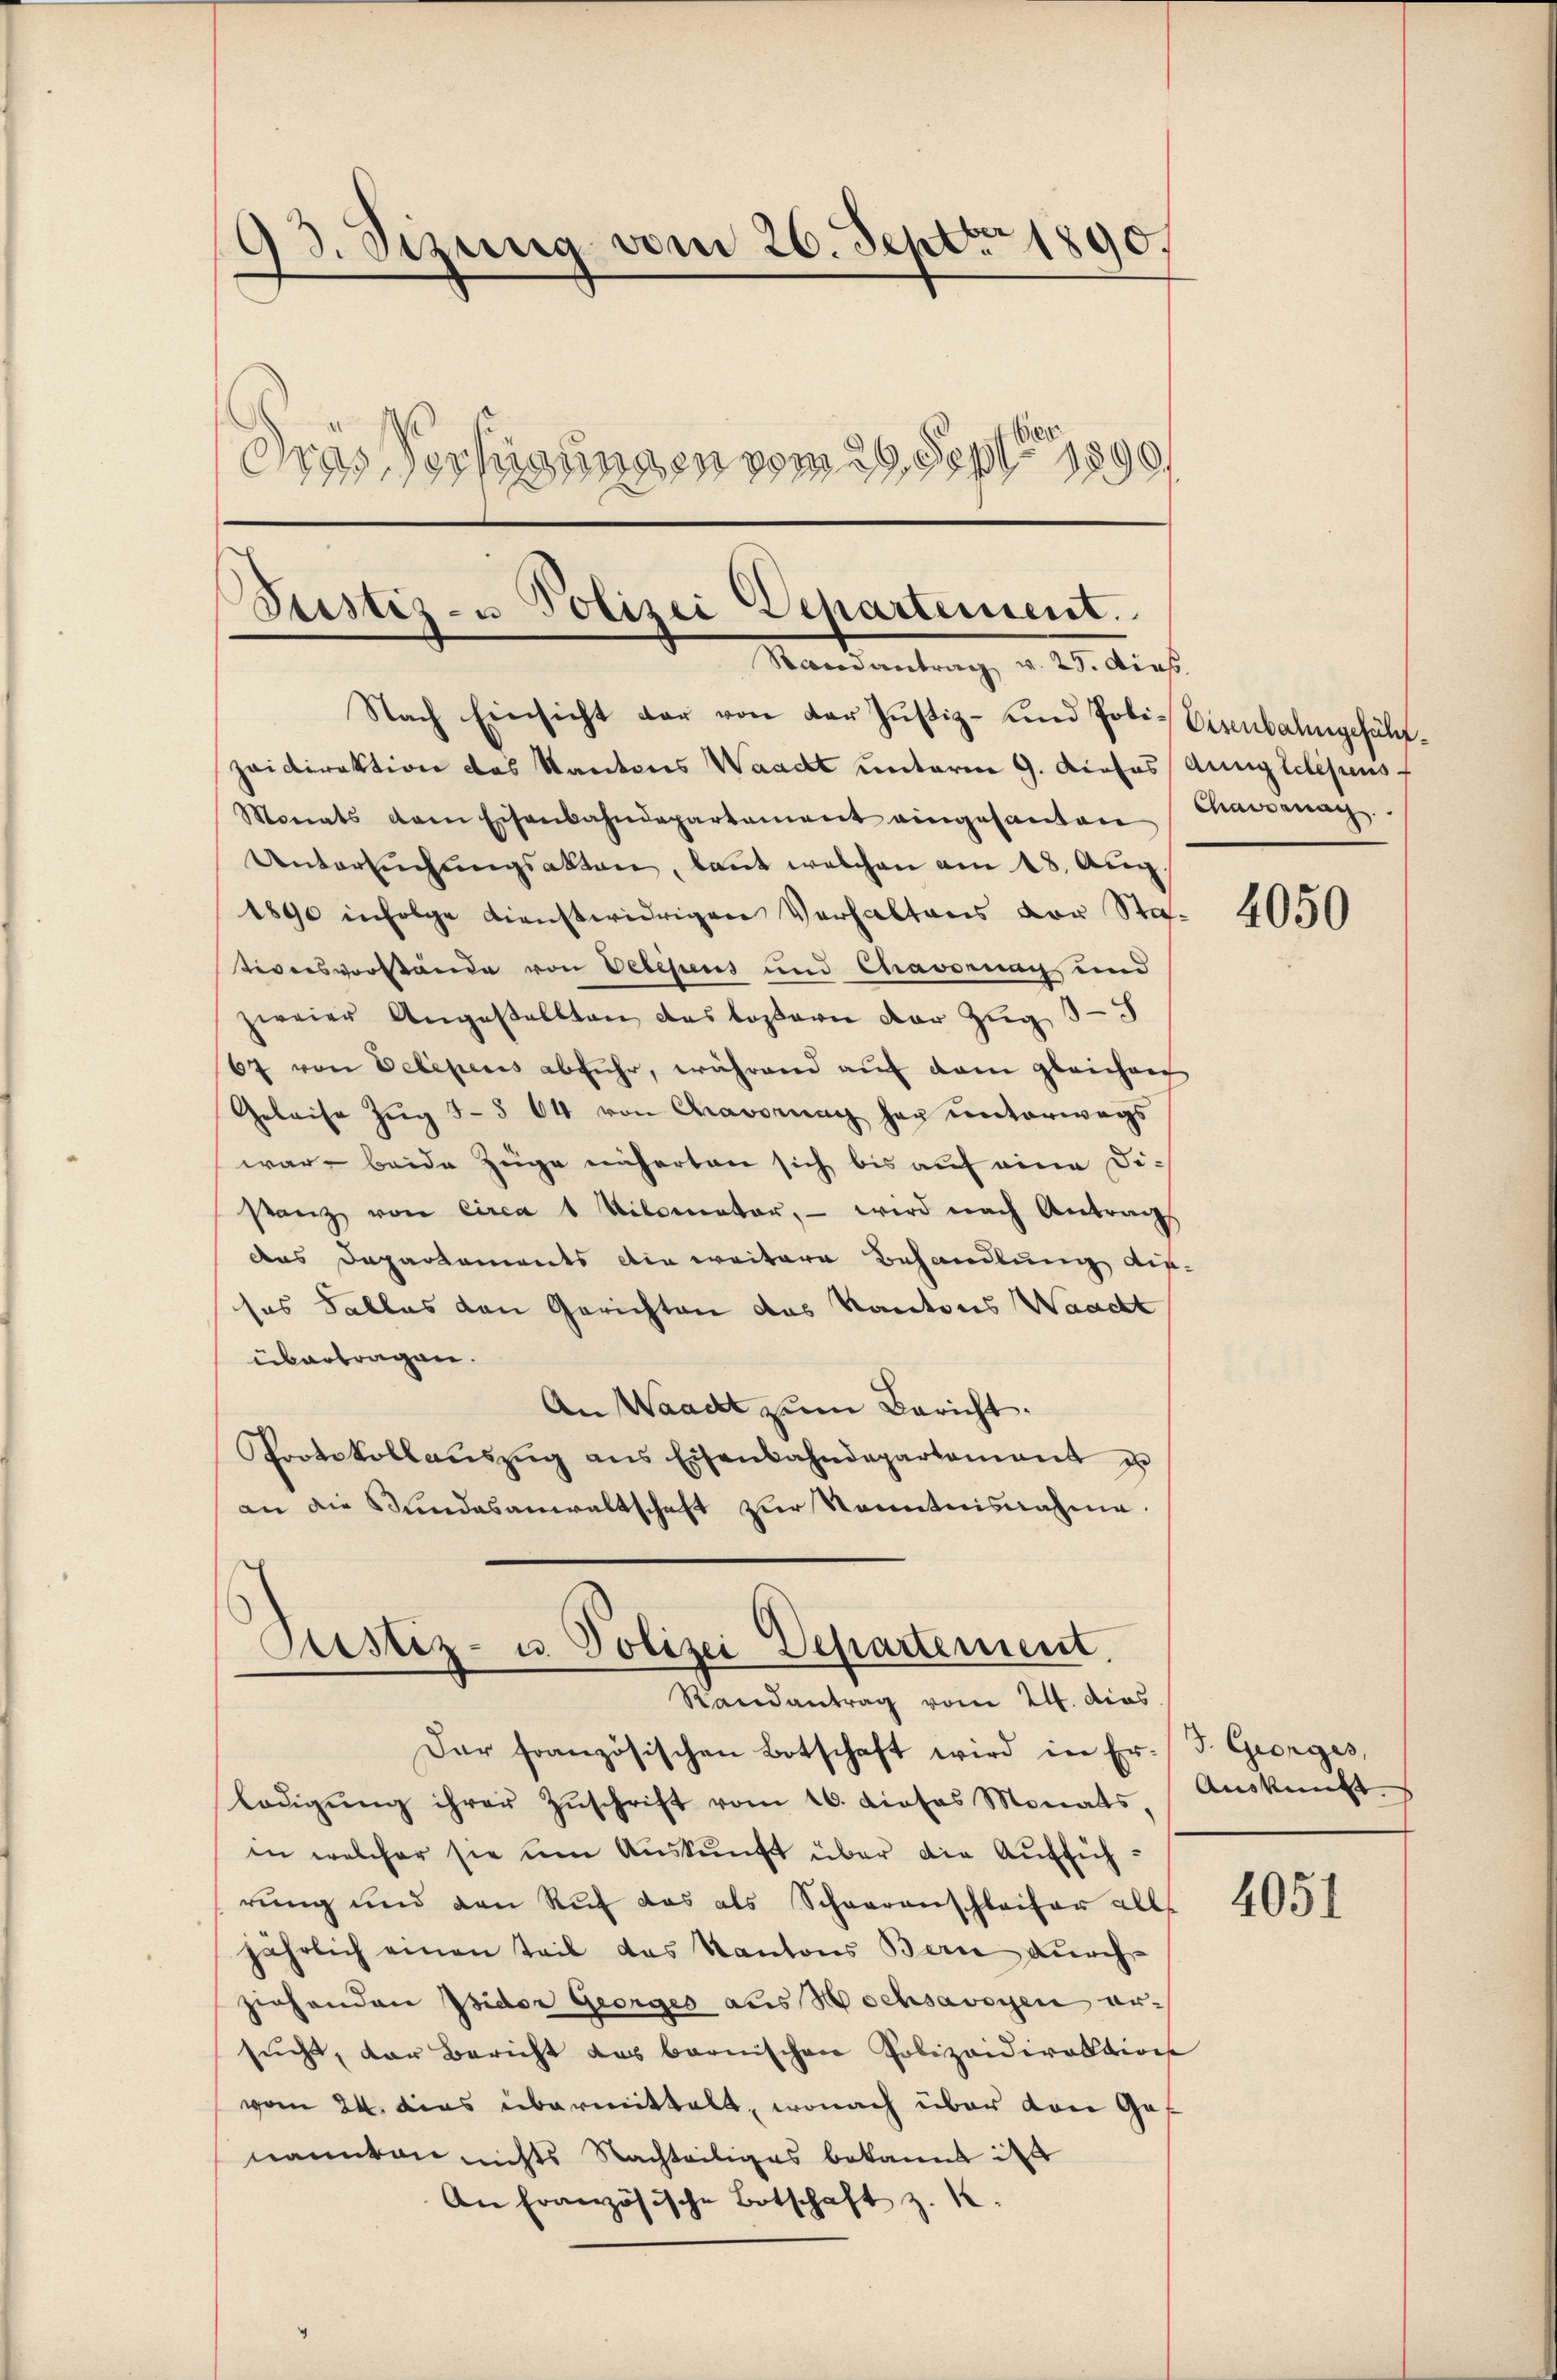
93. Sizung vom 26. Sept. 1890.
a s
.
Gras erfügungen vom 29. Sept 1

Ptistiz- u Polizei Departement.
Mandantung, a. O. dies
Nach Einsicht dar von der Justiz- und Poli¬
Zaidirektion das Kantons Waadt unterm 9. dieses Anny telesens f

Monats dem Eisenbahndepartement eingesanten
Untersŭchŭngsakten, kaṅt welchen am 18. Aŭg.
1890 infolge dienstwidrigen Verhaltens vor Sta
tiversvorstände von Velesens und Chavonung und
zweier Angestellten des loparie der Zug
67 von Delegens abfuhr, während auf dem gleichen
Geleise Zug §§ 64 von Chavornach her unterwegs
war beide Züge näherten sich bis auf eine Distanz von circa 1 Kilomater, – wird nach Antrags
das Departements die weitere Behandlung di
sas Falles den Gerichten das Kantons Waacht
übertragen.
An Waadt zum Bericht.
Protokollaŭszŭg ans Eisenbahndepartement u
an die Sŭndesanwaltschaft zŭr Kenntnisnahme.
Justiz- u. Polizei Departement.
Randantrag vom 24. dies
Dar französischen Botschaft wird in Er-
lödigŭng ihrer Zŭschrift vom 16. dieses Monats,
in welcher sie um Auskunft über die Aufführung und den Ruf das als Schwarenschleifer all
jährlich einen Teil das Kantons Bern durchziehenden Isidor Georges aus Wochsavoyen ersŭcht, der Bericht des bernischen Polizeidirektion
vom 24. dies übermittelt, wonach über von Gos
nannten nichts Nachteiliges bekannt ist
An Französische Botschaft z. K.

Eisenbahngeführ¬
Chaisenag

4050

J. Georges,
Auskunft

4051